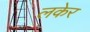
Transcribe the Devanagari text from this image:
लकेर